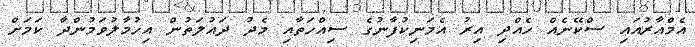
އެމްއާރުއައި ސްކޭނެއް ހެއްދި އިރު އެމަނިކުފާނުގެ ސިއްހަތާއި މެދު ދައުލަތުން އިހުމާލުވަމުންދާ ކަމަށް